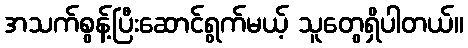
အသက်စွန့်ပြီးဆောင်ရွက်မယ့် သူတွေရှိပါတယ်။